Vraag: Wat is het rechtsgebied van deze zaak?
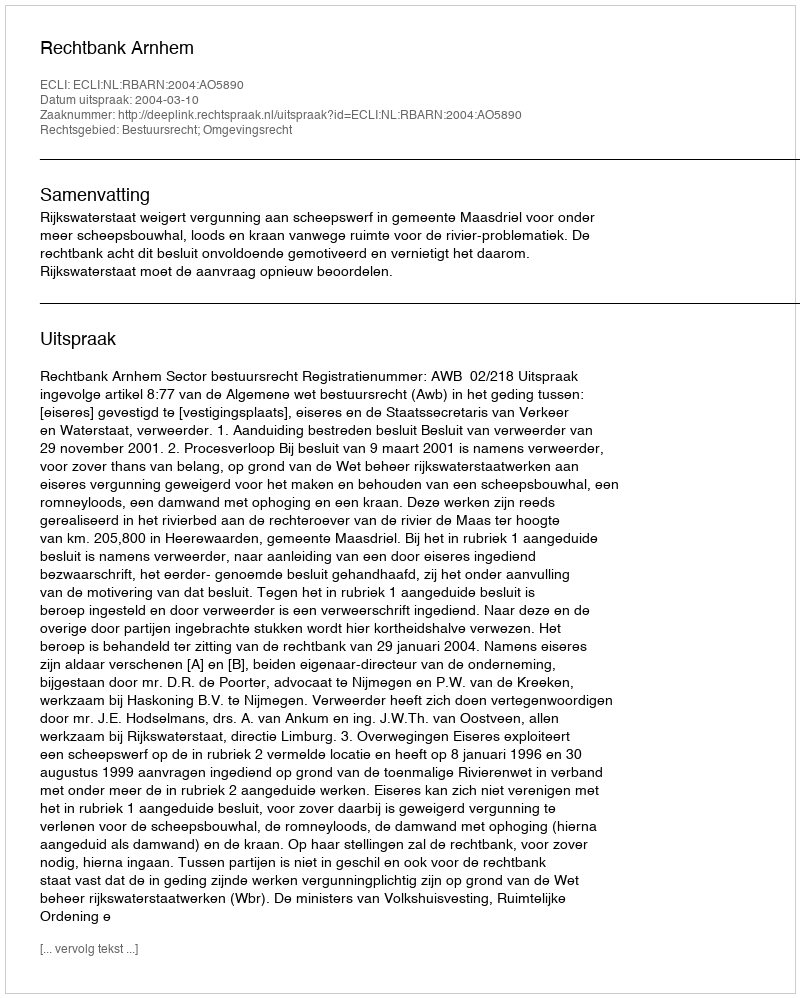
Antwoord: Bestuursrecht; Omgevingsrecht